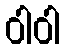
ဝါဝါ